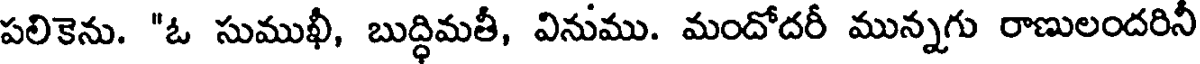
పలికెను. "ఓ సుముఖీ, బుద్ధిమతీ, వినుము. మందోదరీ మున్నగు రాణులందరినీ